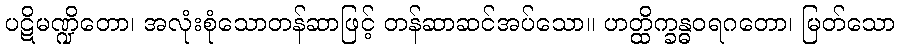
ပဋိမဏ္ဍိတော၊ အလုံးစုံသောတန်ဆာဖြင့် တန်ဆာဆင်အပ်သော။ ဟတ္ထိက္ခန္ဓဝရဂတော၊ မြတ်သော